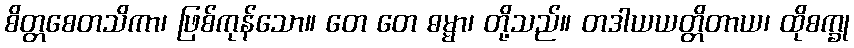
စိတ္တစေတသိကာ၊ ဖြစ်ကုန်သော။ တေ တေ ဓမ္မာ၊ တို့သည်။ တဒါယယတ္တိတာယ၊ ထိုစက္ခု